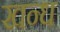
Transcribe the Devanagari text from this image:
खन्ध